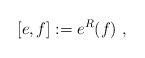
\begin{align*} [e , f ] := e^R(f) \ ,\end{align*}